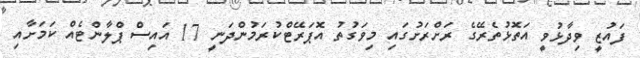
ފައުޒީ ވިދާޅުވީ އަތޮޅުތެރޭގެ ރަށްރަށުގައި މިވަގުތު އޮޕަރޭޓްކުރަމުންދަނީ 17 އައިސް ޕްލާންޓެއް ކަމަށާއި